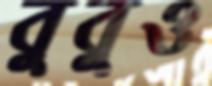
বুবুও